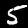
Label: 5